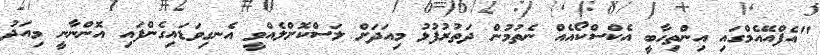
"އެފްއޭއެމްގައި އިންތިހާބީ އެކްސްކޯއެއް ނެތުމުން ދަތުރުފުޅު މިއަދަށް ލަސްކޮށްލެއްވީ އެނގިވަޑައިގެންފައި އޮންނާނީ މިއަދު